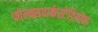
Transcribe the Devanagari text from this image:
फोल्क्सपार्कस्टेडियोन